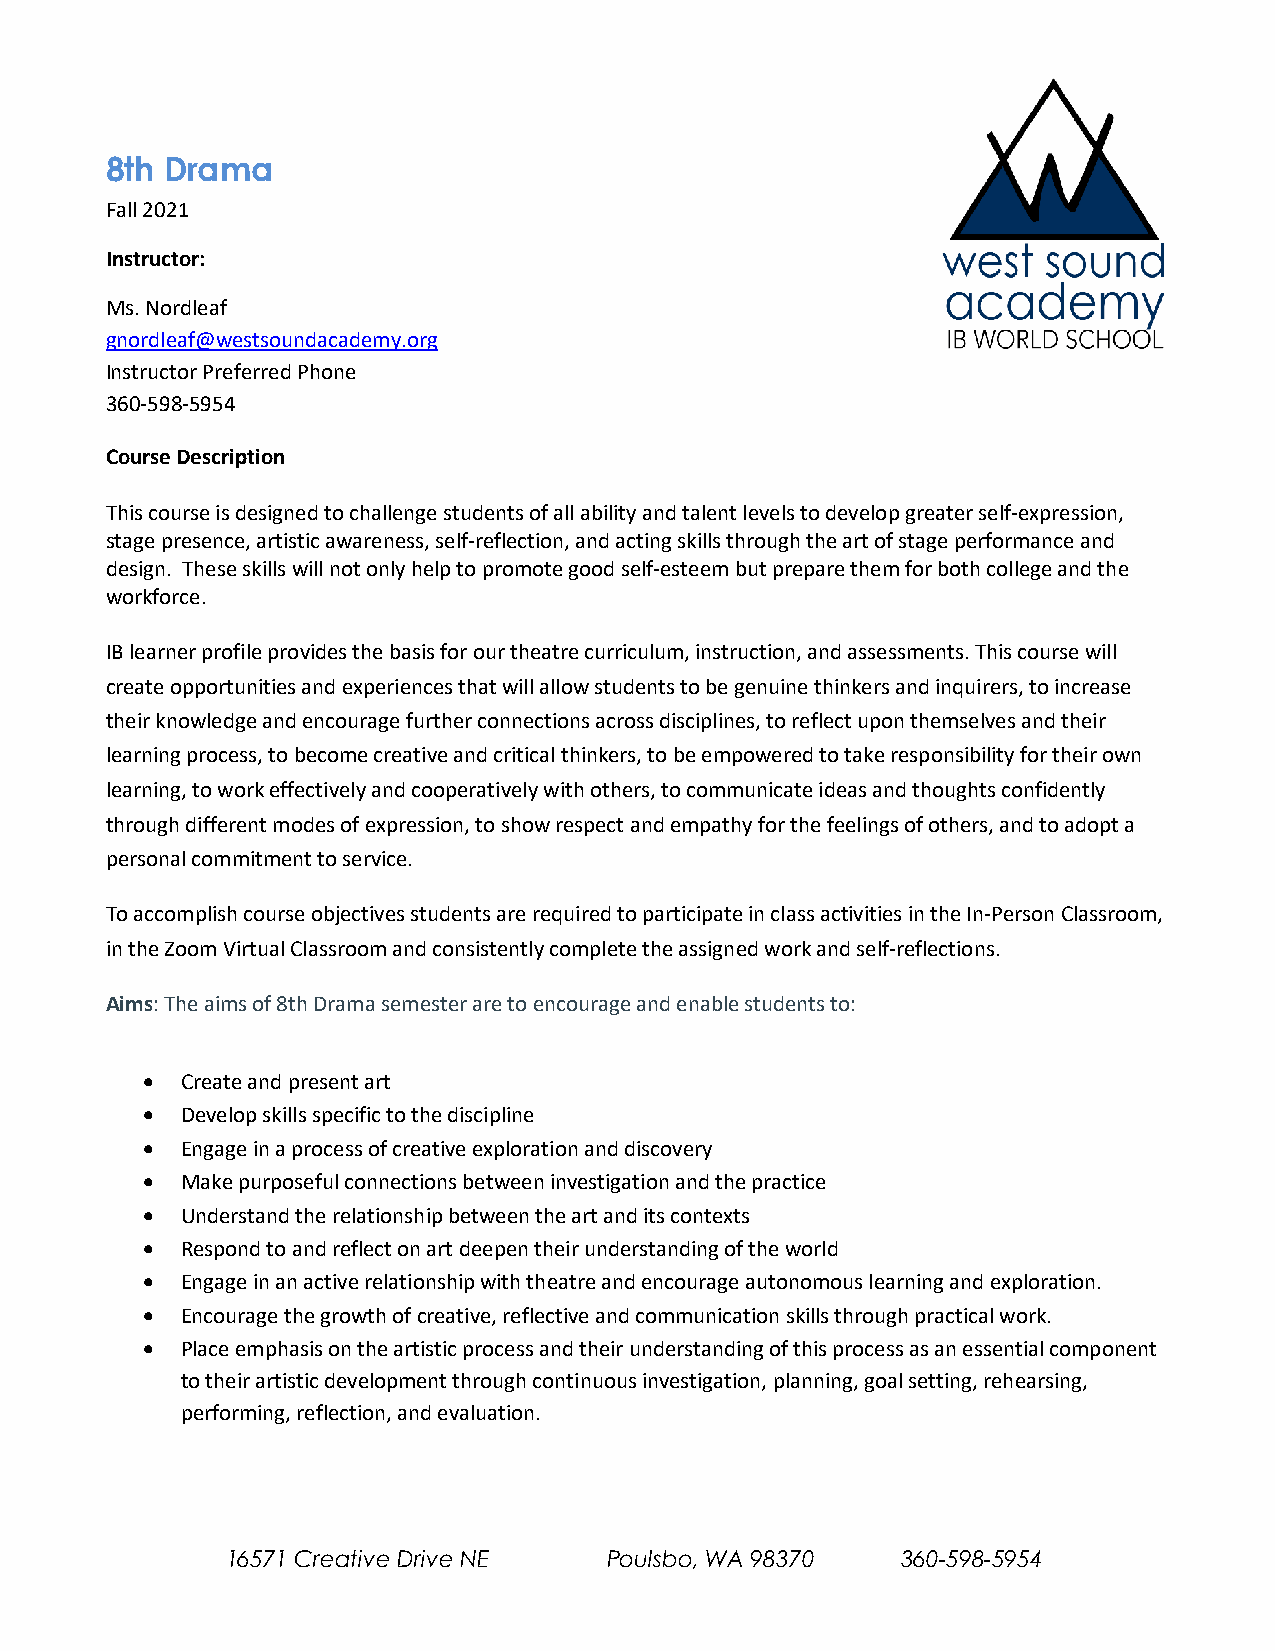
8th Drama
 Fall 2021
 Instructor:
 Ms. Nordleaf
 gnordleaf@westsoundacademy.org
 Instructor Preferred Phone
 360-598-5954
 Course Description
 This course is designed to challenge students of all ability and talent levels to develop greater self-expression,
 stage presence, artistic awareness, self-reflection, and acting skills through the art of stage performance and
 design. These skills will not only help to promote good self-esteem but prepare them for both college and the
 workforce.
 IB learner profile provides the basis for our theatre curriculum, instruction, and assessments. This course will
 create opportunities and experiences that will allow students to be genuine thinkers and inquirers, to increase
 their knowledge and encourage further connections across disciplines, to reflect upon themselves and their
 learning process, to become creative and critical thinkers, to be empowered to take responsibility for their own
 learning, to work effectively and cooperatively with others, to communicate ideas and thoughts confidently
 through different modes of expression, to show respect and empathy for the feelings of others, and to adopt a
 personal commitment to service.
 To accomplish course objectives students are required to participate in class activities in the In-Person Classroom,
 in the Zoom Virtual Classroom and consistently complete the assigned work and self-reflections.
 Aims: The aims of 8th Drama semester are to encourage and enable students to:
 •  Create and present art
 •  Develop skills specific to the discipline
 •  Engage in a process of creative exploration and discovery
 •  Make purposeful connections between investigation and the practice
 •  Understand the relationship between the art and its contexts
 •  Respond to and reflect on art deepen their understanding of the world
 •  Engage in an active relationship with theatre and encourage autonomous learning and exploration.
 •  Encourage the growth of creative, reflective and communication skills through practical work.
 •  Place emphasis on the artistic process and their understanding of this process as an essential component
 to their artistic development through continuous investigation, planning, goal setting, rehearsing,
 performing, reflection, and evaluation.
 16571 Creative Drive NE  Poulsbo, WA 98370   360-598-5954